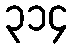
၃၁၄